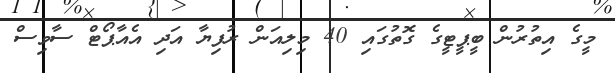
މީގެ އިތުރުން ބީޕީޓީގެ ގޮތުގައި 40 މިލިއަން ރުފިޔާ އަދި އެއާޕޯޓް ސާވިސް